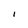
Character: I